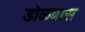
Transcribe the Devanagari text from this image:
डोळ्यास